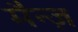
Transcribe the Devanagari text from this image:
मैन्ज़